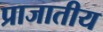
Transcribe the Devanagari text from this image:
प्राजातीय